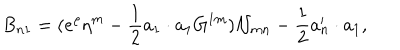
LaTeX: B _ { n 1 } = ( e ^ { \rho } \eta ^ { m } - { \frac { 1 } { 2 } } a _ { 1 } \cdot a _ { 1 } G ^ { 1 m } ) { \cal N } _ { m n } - { \frac { 1 } { 2 } } a _ { n } ^ { \prime } \cdot a _ { 1 } ,